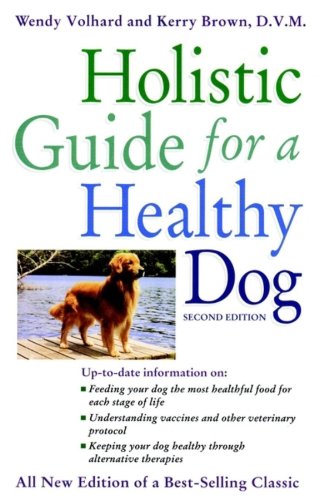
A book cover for Holistic Guide for a Healthy Dog (Howell Reference Books); Wendy Volhard; Crafts, Hobbies & Home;